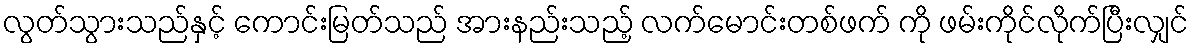
လွတ်သွားသည်နှင့် ကောင်းမြတ်သည် အားနည်းသည့် လက်မောင်းတစ်ဖက် ကို ဖမ်းကိုင်လိုက်ပြီးလျှင်